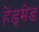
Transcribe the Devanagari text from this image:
हेंड्मेड